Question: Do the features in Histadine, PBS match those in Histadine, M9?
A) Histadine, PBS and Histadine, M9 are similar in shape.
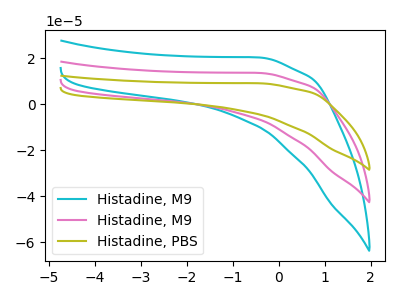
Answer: <think>The cyan curve "Histadine, M9" has no peaks. The pink curve "Histadine, M9" has no peaks. The olive curve "Histadine, PBS" has no peaks.
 Neither "Histadine, PBS" or "Histadine, M9" have any peaks.</think>
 <answer>A) "Histadine, PBS" and "Histadine, M9" are similar in shape.</answer>
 <eval>A</eval>